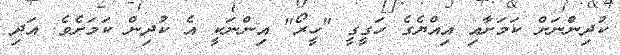
ކުދިންނަށް ކަމަށާއި އިއްޔެގެ ހަގީގީ "ހީރޯ" އިންނަކީ އެ ކުދިން ކަމަށެވެ. އަދި